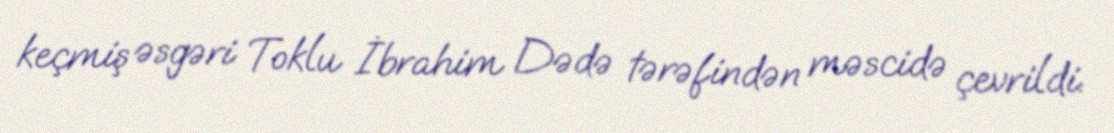
keçmiş əsgəri Toklu İbrahim Dədə tərəfindən məscidə çevrildi.